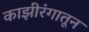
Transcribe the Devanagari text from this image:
काझीरंगातून